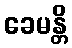
ခေမန္တိ